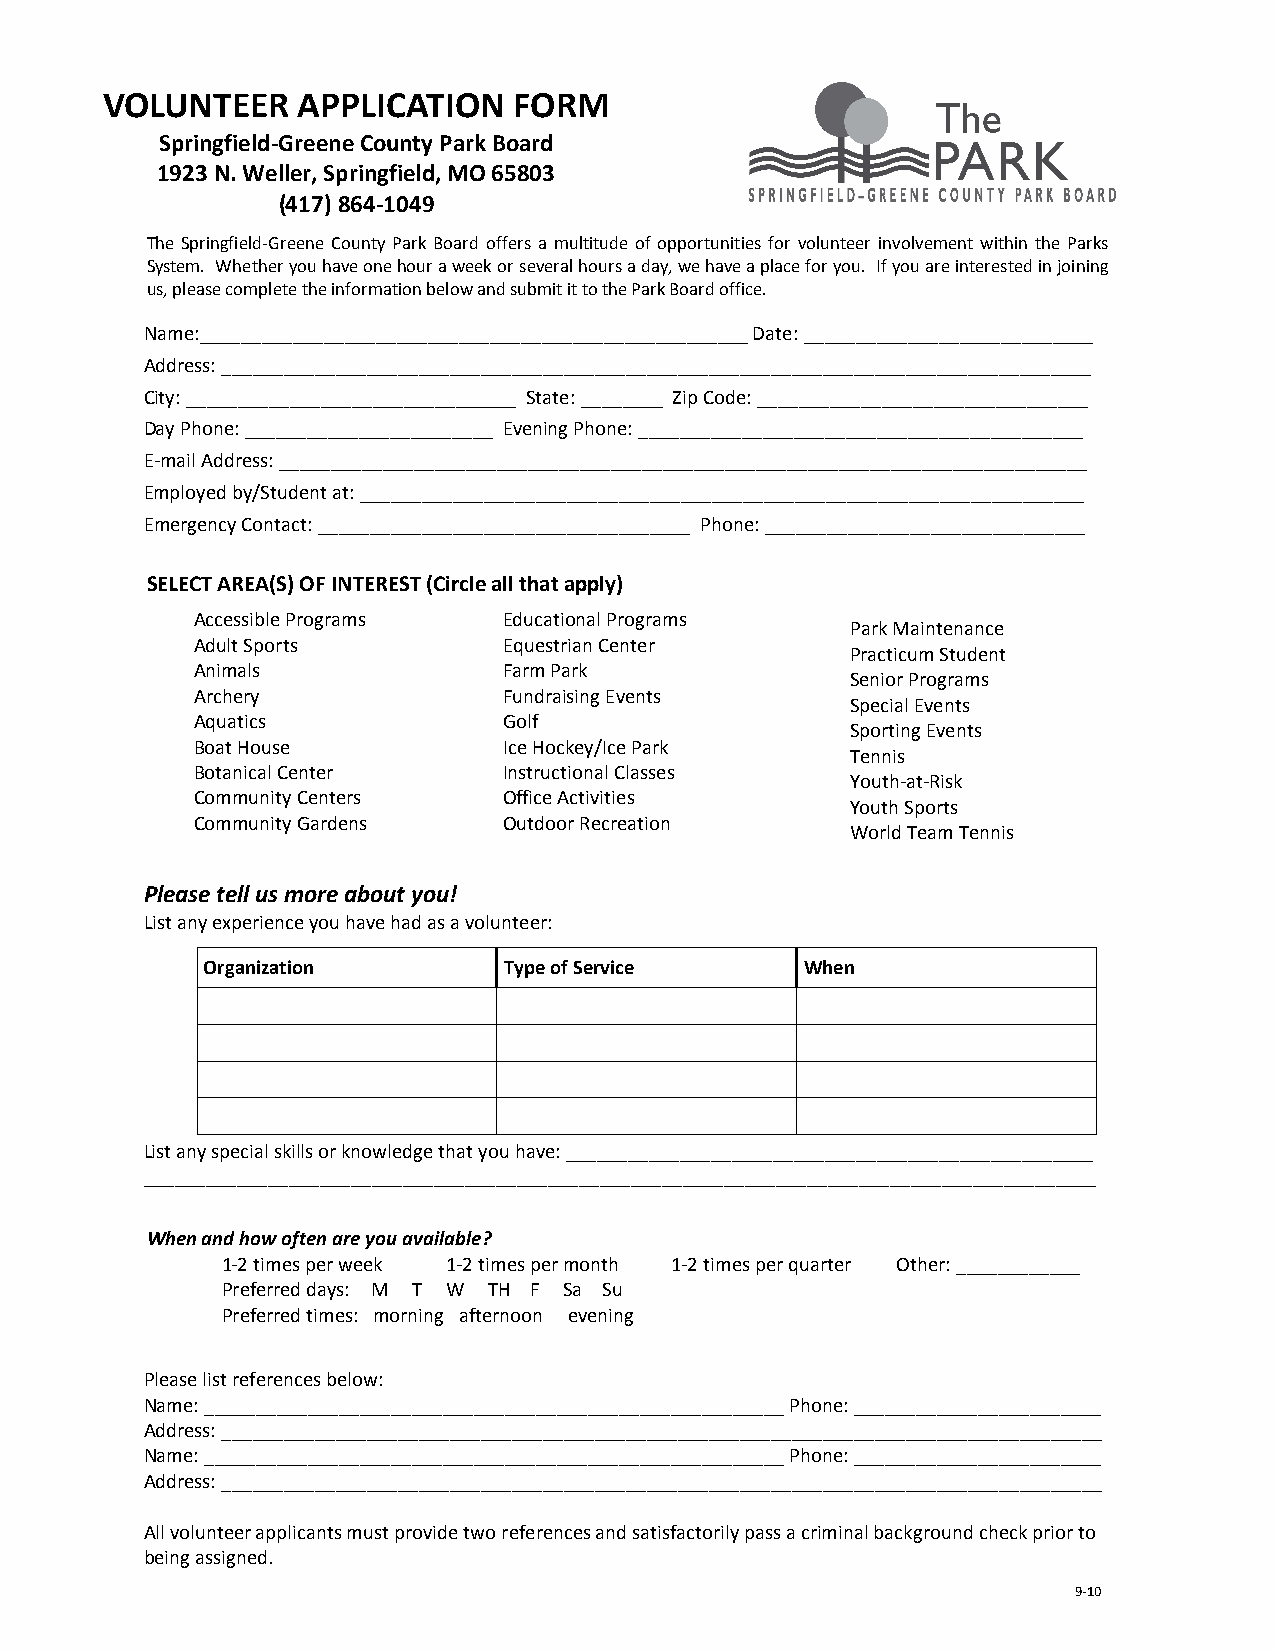
VOLUNTEER    APPLICATION   FORM
 Springfield-Greene County Park Board
 1923 N. Weller, Springfield, MO 65803
 (417)864-1049
 The Springfield-Greene County Park Board offers a multitude of opportunities for volunteer involvement within the Parks
 System. Whether you have one hour a week or several hours a day, we have a place for you. If you are interested in joining
 us, please complete the information below and submit it to the Park Board office.
 Name:_____________________________________________________ Date: ____________________________
 Address: ____________________________________________________________________________________
 City: ________________________________ State: ________ Zip Code: ________________________________
 Day Phone: ________________________ Evening Phone: ___________________________________________
 E-mail Address: ______________________________________________________________________________
 Employed by/Student at: ______________________________________________________________________
 Emergency Contact: ____________________________________ Phone: _______________________________
 SELECT AREA(S) OF INTEREST (Circle all that apply)
 Accessible Programs Educational Programs
 Park Maintenance
 Adult Sports        Equestrian Center
 Practicum Student
 Animals             Farm Park
 Senior Programs
 Archery             Fundraising Events
 Special Events
 Aquatics            Golf
 Sporting Events
 Boat House          Ice Hockey/Ice Park
 Tennis
 Botanical Center    Instructional Classes
 Youth-at-Risk
 Community Centers   Office Activities
 Youth Sports
 Community Gardens   Outdoor Recreation
 World Team Tennis
 Please tell us more about you!
 List any experience you have had as a volunteer:
 Organization        Type of Service     When
 List any special skills or knowledge that you have: ___________________________________________________
 ____________________________________________________________________________________________
 When and how often are you available?
 1-2 times per week 1-2 times per month 1-2 times per quarter Other: ____________
 Preferred days: M T W TH F Sa Su
 Preferred times: morning afternoon evening
 Please list references below:
 Name: ________________________________________________________ Phone: ________________________
 Address: _____________________________________________________________________________________
 Name: ________________________________________________________ Phone: ________________________
 Address: _____________________________________________________________________________________
 All volunteer applicants must provide two references and satisfactorily pass a criminal background check prior to
 being assigned.
 9-10